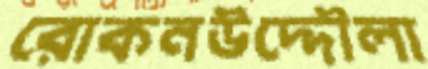
রোকনউদ্দৌলা